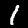
Label: 1